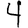
Digit: 4